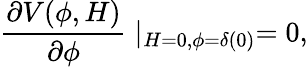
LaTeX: \frac{\partial V(\phi,H)}{\partial\phi}\mid_{H=0,\phi=\delta(0)}=0,